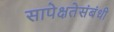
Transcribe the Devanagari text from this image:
सापेक्षतेसंबंधी